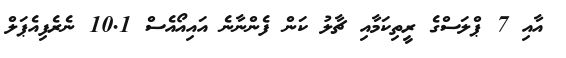
އާއި 7 ޕްލަސްގެ ރީތިކަމާއި ޗާލު ކަން ފެންނާނެ އައިއޯއެސް 10.1 ނެރެފިއެޕަލް